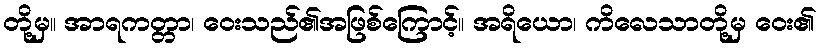
တို့မှ။ အာရကတ္တာ၊ ဝေးသည်၏အဖြစ်ကြောင့်။ အရိယော၊ ကိလေသာတို့မှ ဝေး၏